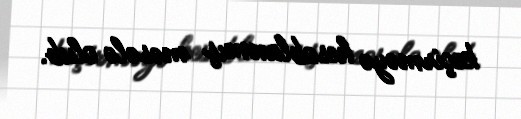
keçirməyə hesablanmış məsələ olub.